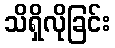
သိရှိလိုခြင်း